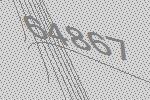
64867